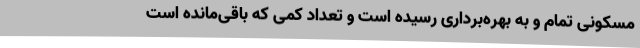
مسکونی تمام و به بهره‌برداری رسیده است و تعداد کمی که باقی‌مانده است